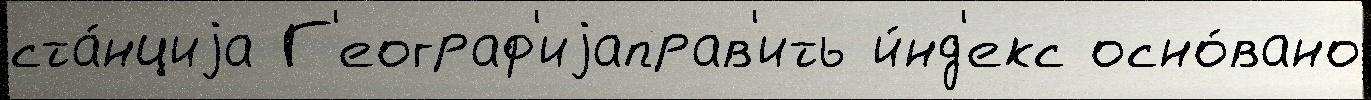
ста́нциjа Г'еограф'иjаправ'ить и́нд'екс осно́вано